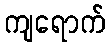
ကျရောက်